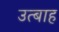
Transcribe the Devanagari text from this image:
उत्बाह